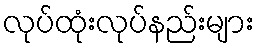
လုပ်ထုံးလုပ်နည်းများ